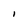
Character: I